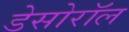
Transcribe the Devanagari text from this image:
डेसोरॉल